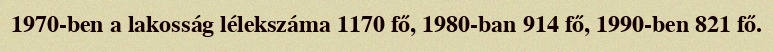
1970-ben a lakosság lélekszáma 1170 fő, 1980-ban 914 fő, 1990-ben 821 fő.